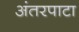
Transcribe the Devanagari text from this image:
अंतरपाटा